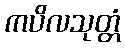
ကပိလသုတ္တံ